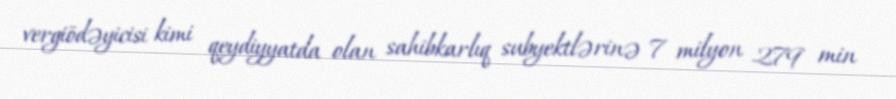
vergiödəyicisi kimi qeydiyyatda olan sahibkarlıq subyektlərinə 7 milyon 279 min